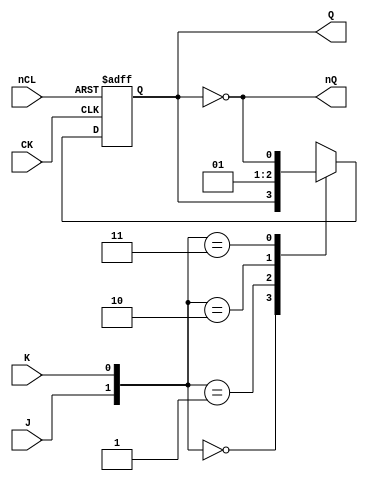
`timescale 1ns/1ns

module FJD(
	input CK,
	input J, K,
	input nCL,
	output reg Q = 1'b0,
	output nQ
);

	always @(posedge CK or negedge nCL)
	begin
		if (~nCL)
			Q <= #1 1'b0;
		else
		begin
			case({J, K})
				2'b00 : Q <= #2 Q;
				2'b01 : Q <= #2 1'b0;
				2'b10 : Q <= #2 1'b1;
				2'b11 : Q <= #2 ~Q;
			endcase
		end
	end
	
	assign nQ = ~Q;

endmodule